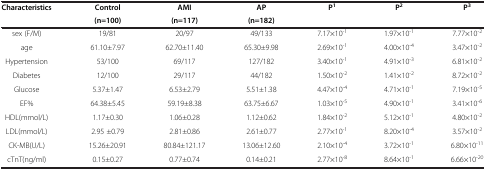
| Characteristics | Control(n=100) | AMI(n=117) | AP(n=182) | P1 | P2 | P3 |
 | --- | --- | --- | --- | --- | --- | --- |
 | sex (F/M) | 19/81 | 20/97 | 49/133 | 7.17×10-1 | 1.97×10-1 | 7.77×10-2 |
 | age | 61.10±7.97 | 62.70±11.40 | 65.30±9.98 | 2.69×10-1 | 4.00×10-4 | 3.47×10-2 |
 | Hypertension | 53/100 | 69/117 | 127/182 | 3.40×10-1 | 4.91×10-3 | 6.81×10-2 |
 | Diabetes | 12/100 | 29/117 | 44/182 | 1.50×10-2 | 1.41×10-2 | 8.72×10-2 |
 | Glucose | 5.37±1.47 | 6.53±2.79 | 5.51±1.38 | 4.47×10-4 | 4.71×10-1 | 7.19×10-5 |
 | EF% | 64.38±5.45 | 59.19±8.38 | 63.75±6.67 | 1.03×10-5 | 4.90×10-1 | 3.41×10-6 |
 | HDL(mmol/L) | 1.17±0.30 | 1.06±0.28 | 1.12±0.62 | 1.84×10-2 | 5.12×10-1 | 4.80×10-2 |
 | LDL(mmol/L) | 2.95 ±0.79 | 2.81±0.86 | 2.61±0.77 | 2.77×10-1 | 8.20×10-4 | 3.57×10-2 |
 | CK-MB(U/L) | 15.26±20.91 | 80.84±121.17 | 13.06±12.60 | 2.10×10-4 | 3.72×10-1 | 6.80×10-11 |
 | cTnT(ng/ml) | 0.15±0.27 | 0.77±0.74 | 0.14±0.21 | 2.77×10-8 | 8.64×10-1 | 6.66×10-20 |